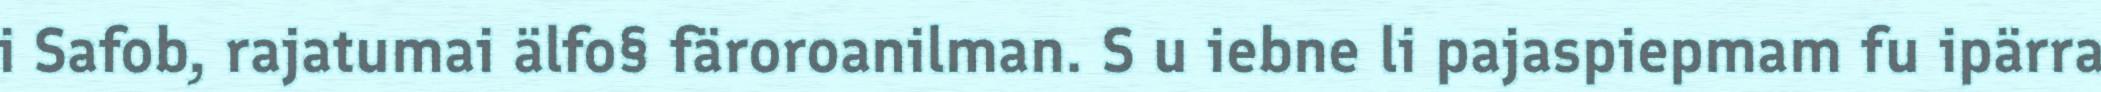
i Safob, rajatumai älfo§ färoroanilman. S u iebne li pajaspiepmam fu ipärra